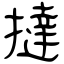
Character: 撻